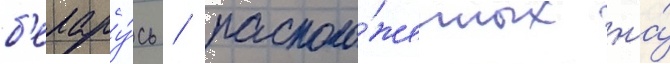
б'елару́сь / располо́женных на́